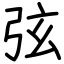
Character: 弦